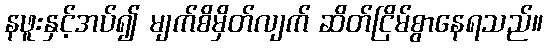
နဖူးနှင့်အပ်၍ မျက်စိမှိတ်လျက် ဆိတ်ငြိမ်စွာနေရသည်။